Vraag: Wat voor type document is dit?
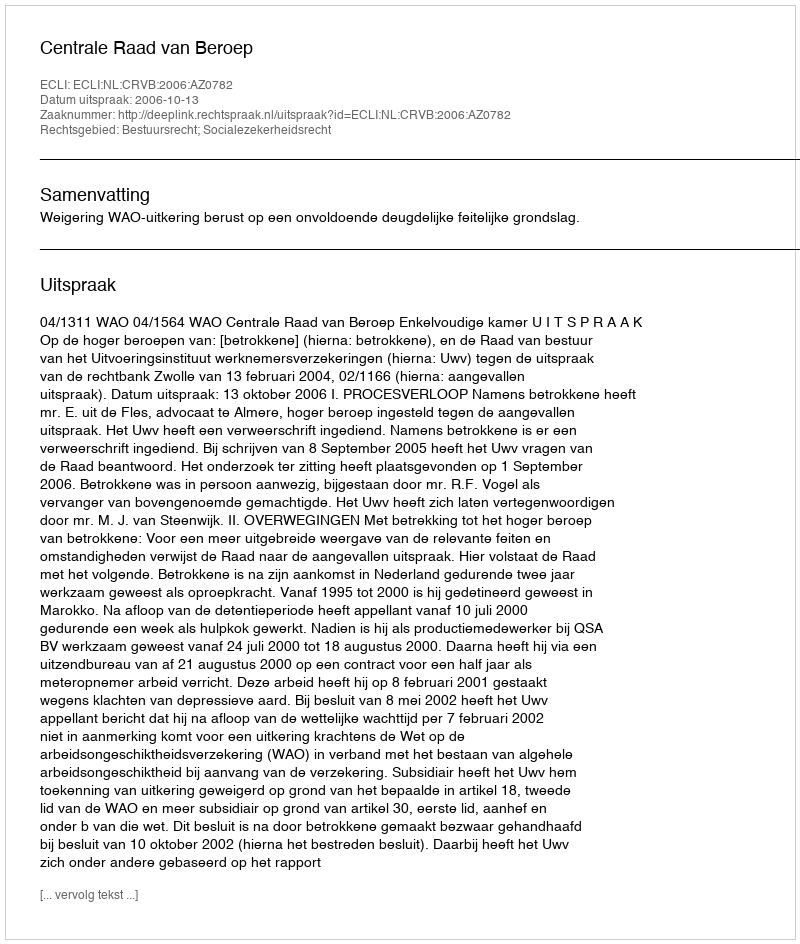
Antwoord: Uitspraak